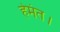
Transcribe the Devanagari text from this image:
हेमंत।